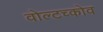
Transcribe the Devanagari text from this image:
वोल्टच्कोव